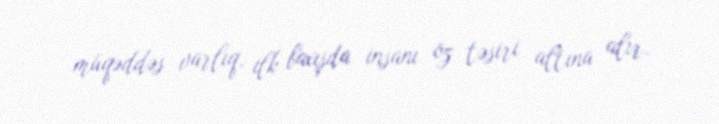
müqəddəs varlıq, ilk baxışda insanı öz təsiri altına alır.